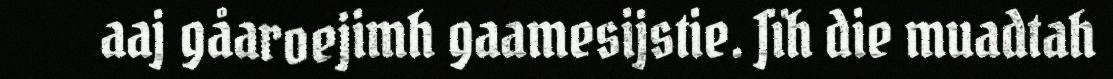
aaj gåaroejimh gaamesijstie. Jïh die muadtah